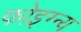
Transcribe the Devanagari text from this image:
फोइग्न्य